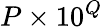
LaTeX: P\times 10^{Q}